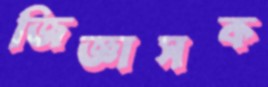
জিজ্ঞাসক